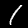
Digit: 1